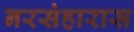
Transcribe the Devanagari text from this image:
नरसंहारास